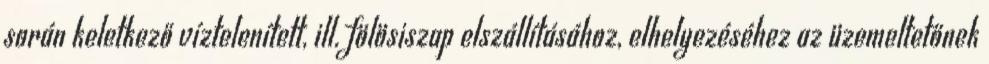
során keletkező víztelenített, ill. fölösiszap elszállításához, elhelyezéséhez az üzemeltetőnek